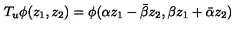
T _ { u } \phi ( z _ { 1 } , z _ { 2 } ) = \phi ( \alpha z _ { 1 } - \bar { \beta } z _ { 2 } , \beta z _ { 1 } + \bar { \alpha } z _ { 2 } )